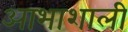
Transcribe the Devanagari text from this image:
आभाशाली